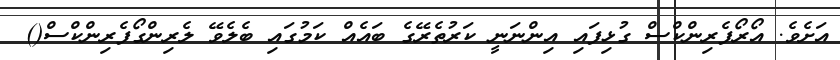
އަށެވެ. އޯރޯފެރިންކްސް ގުޅިފައި އިންނަނީ ކަރުތެރޭގެ ބައެއް ކަމުގައި ބެލެވޭ ލެރިންގޯފެރިންކްސް()